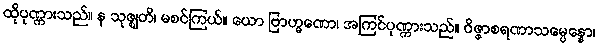
ထိုပုဏ္ဏားသည်။ န သုဇ္ဈတိ၊ မစင်ကြယ်။ ယော ဗြာဟ္မဏော၊ အကြင်ပုဏ္ဏားသည်။ ဝိဇ္ဇာစရဏာသမ္ပေန္နော၊